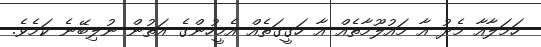
ހަމަލާއާ މެދު އާ މައުލޫމާތެއް އާ ހަގީގަތެއް އެމީހުންގެ އަތުން ނުލިބޭނެ ކަމެވެ.